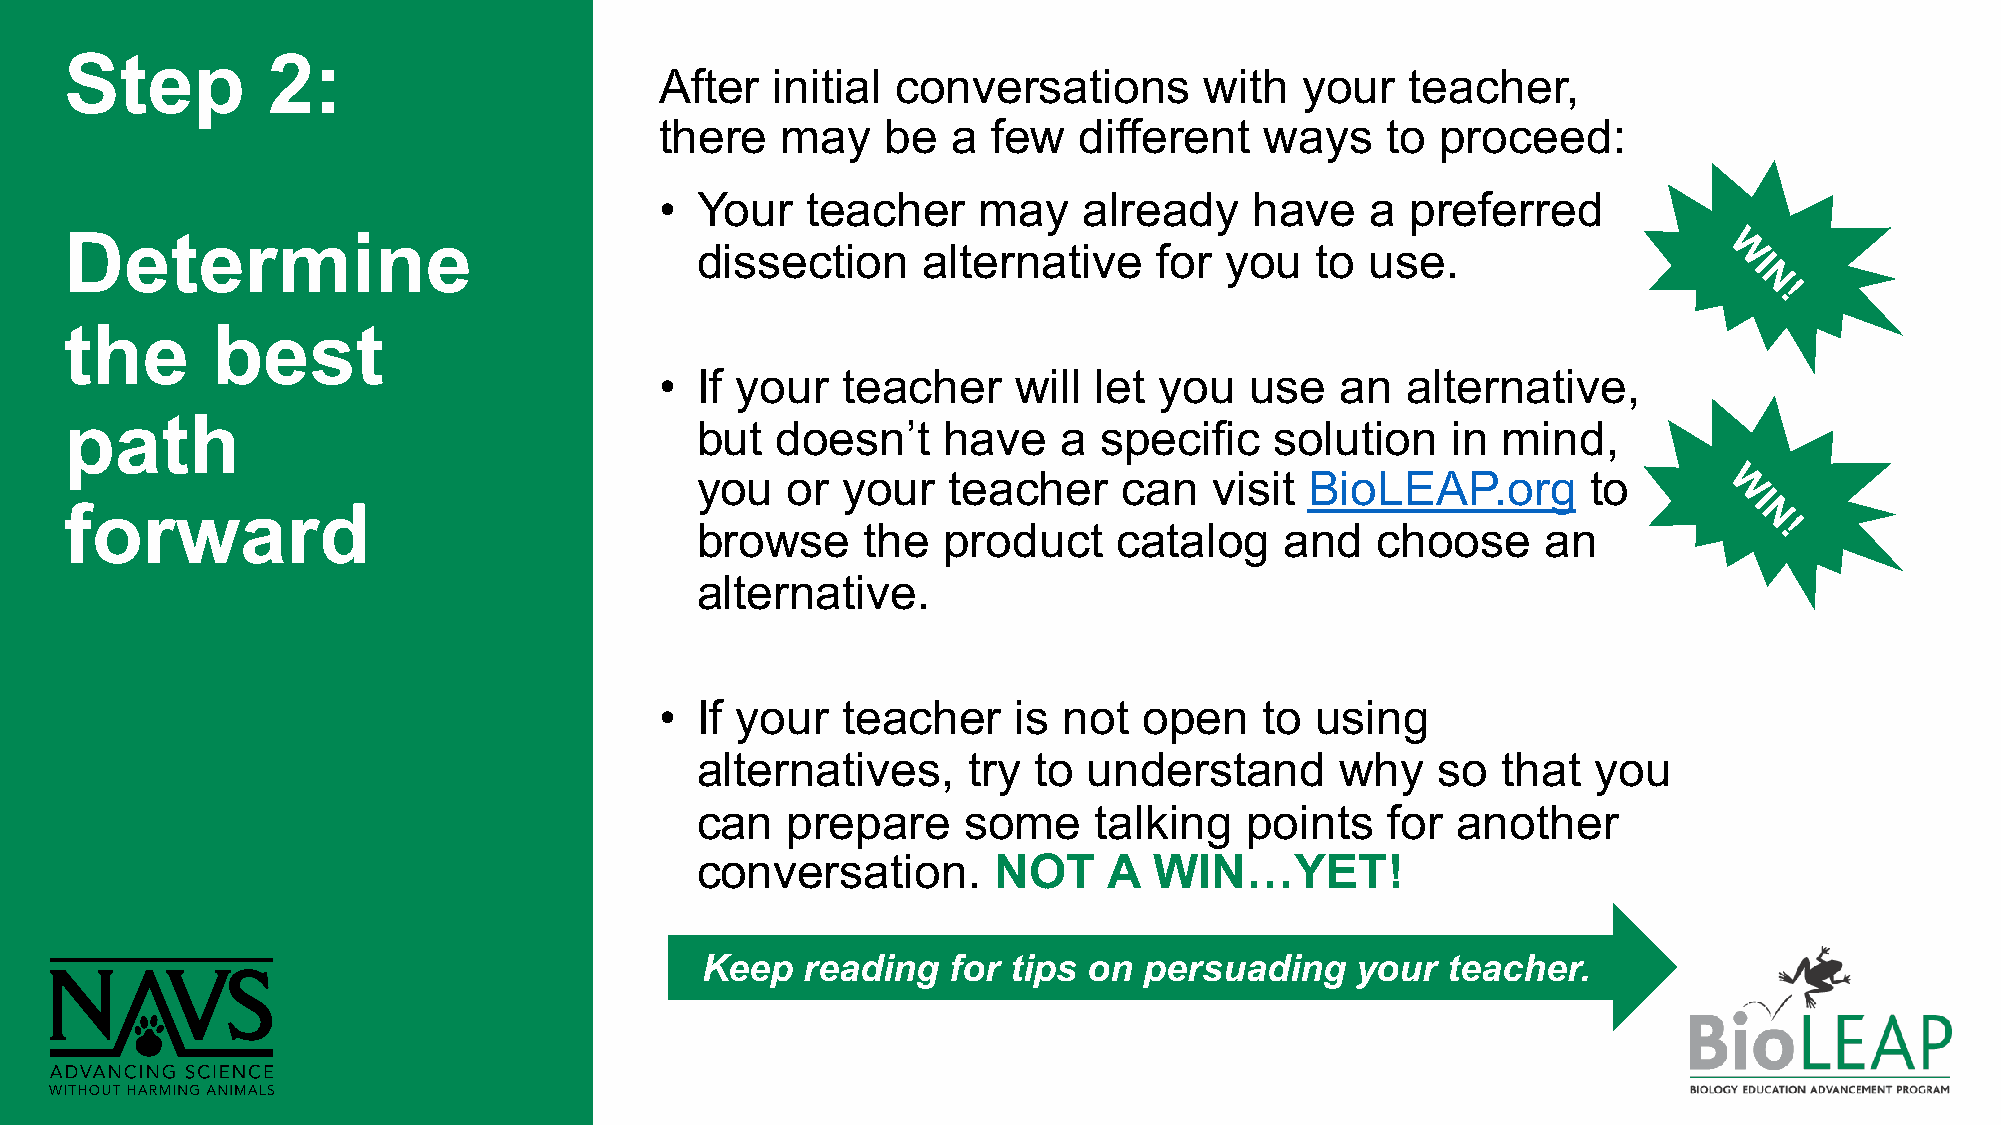
Step          2:
 After  initial conversations        with  your   teacher,
 there   may    be  a  few  different    ways    to proceed:
 • Your   teacher     may    already    have    a preferred
 Determine
 dissection     alternative     for you   to  use.
 W
 I
 N
 !
 the       best
 • If your   teacher    will let  you   use   an  alternative,
 path
 but  doesn’t    have    a  specific   solution    in mind,
 you   or  your   teacher    can   visit  BioLEAP.org       to
 W
 I
 forward
 N
 browse     the  product     catalog    and   choose     an             !
 alternative.
 • If your   teacher    is not   open    to using
 alternatives,     try to  understand       why   so  that   you
 can   prepare     some    talking    points   for another
 conversation.       NOT    A  WIN…YET!
 Keep   reading   for tips on  persuading    your  teacher.